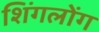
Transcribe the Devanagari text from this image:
शिंगलोंग